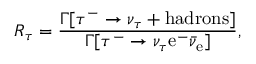
R _ { \tau } = \frac { \Gamma [ \tau ^ { - } \rightarrow \nu _ { \tau } + \mathrm { h a d r o n s } ] } { \Gamma [ \tau ^ { - } \rightarrow \nu _ { \tau } \mathrm { e } ^ { - } \bar { \nu } _ { \mathrm { e } } ] } ,